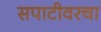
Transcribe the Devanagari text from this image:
सपाटीवरचा